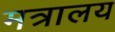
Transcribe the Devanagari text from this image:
मत्रालय